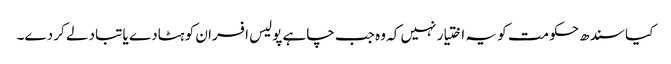
کیا سندھ حکومت کو یہ اختیار نہیں کہ وہ جب چاہے پولیس افسران کو ہٹادے یا تبادلے کر دے۔